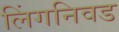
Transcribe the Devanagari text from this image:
लिंगनिवड